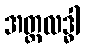
အတ္ထလဒ္ဓါ